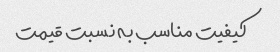
کیفیت مناسب به نسبت قیمت